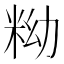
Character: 𥹱